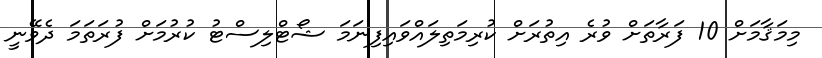
މިމަޤާމަށް 10 ފަރާތަށް ވުރެ އިތުރަށް ކުރިމަތިލައްވައިފިނަމަ ޝޯޓްލިސްޓު ކުރުމަށް ފުރަތަމަ ދެވޭނީ